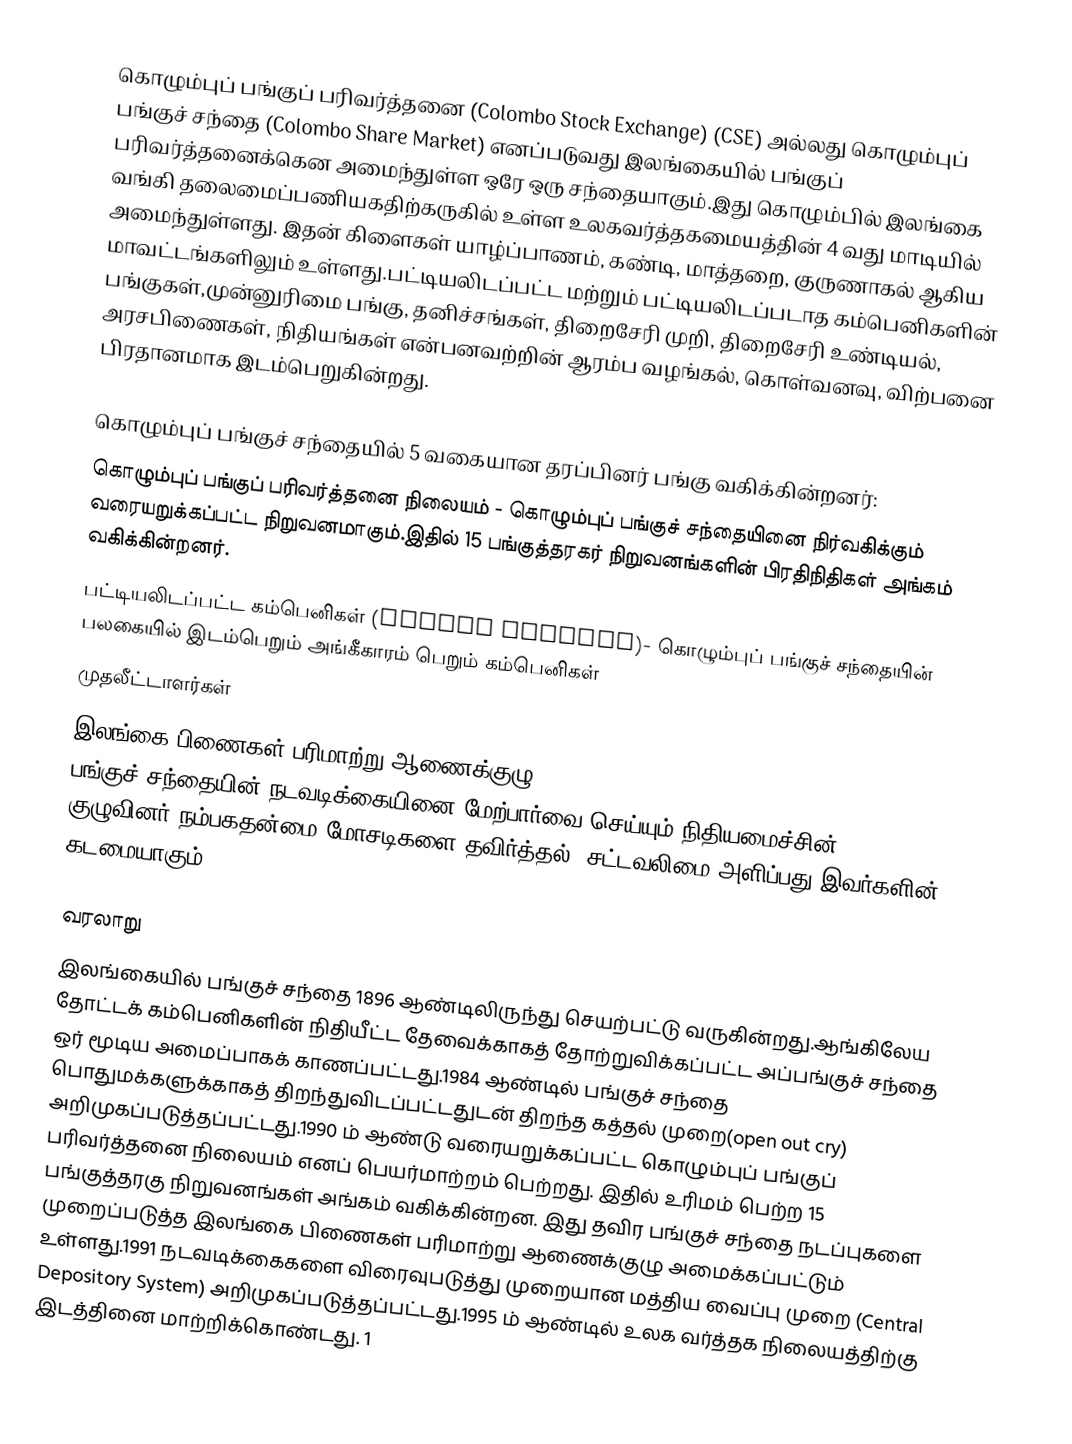
கொழும்புப் பங்குப் பரிவர்த்தனை (Colombo Stock Exchange) (CSE) அல்லது கொழும்புப் பங்குச் சந்தை (Colombo Share Market) எனப்படுவது இலங்கையில் பங்குப் பரிவர்த்தனைக்கென அமைந்துள்ள ஒரே ஒரு சந்தையாகும்.இது கொழும்பில் இலங்கை வங்கி தலைமைப்பணியகதிற்கருகில் உள்ள உலகவர்த்தகமையத்தின் 4 வது மாடியில் அமைந்துள்ளது. இதன் கிளைகள் யாழ்ப்பாணம், கண்டி, மாத்தறை, குருணாகல் ஆகிய மாவட்டங்களிலும் உள்ளது.பட்டியலிடப்பட்ட மற்றும் பட்டியலிடப்படாத கம்பெனிகளின் பங்குகள்,முன்னுரிமை பங்கு, தனிச்சங்கள், திறைசேரி முறி, திறைசேரி உண்டியல், அரசபிணைகள், நிதியங்கள் என்பனவற்றின் ஆரம்ப வழங்கல், கொள்வனவு, விற்பனை பிரதானமாக இடம்பெறுகின்றது.

கொழும்புப் பங்குச் சந்தையில் 5 வகையான தரப்பினர் பங்கு வகிக்கின்றனர்:
 கொழும்புப் பங்குப் பரிவர்த்தனை நிலையம் - கொழும்புப் பங்குச் சந்தையினை நிர்வகிக்கும் வரையறுக்கப்பட்ட நிறுவனமாகும்.இதில் 15 பங்குத்தரகர் நிறுவனங்களின் பிரதிநிதிகள் அங்கம் வகிக்கின்றனர்.
 பட்டியலிடப்பட்ட கம்பெனிகள் (Listed Company)- கொழும்புப் பங்குச் சந்தையின் பலகையில் இடம்பெறும் அங்கீகாரம் பெறும் கம்பெனிகள்
 முதலீட்டாளர்கள்
 இலங்கை பிணைகள் பரிமாற்று ஆணைக்குழு (Securities and Exchange Commision of Sri Lanka)- பங்குச் சந்தையின் நடவடிக்கையினை மேற்பார்வை செய்யும் நிதியமைச்சின் குழுவினர்.நம்பகதன்மை,மோசடிகளை தவிர்த்தல், சட்டவலிமை அளிப்பது இவர்களின் கடமையாகும்.

வரலாறு
இலங்கையில் பங்குச் சந்தை  1896 ஆண்டிலிருந்து  செயற்பட்டு வருகின்றது.ஆங்கிலேய தோட்டக் கம்பெனிகளின் நிதியீட்ட தேவைக்காகத் தோற்றுவிக்கப்பட்ட அப்பங்குச் சந்தை ஒர் மூடிய அமைப்பாகக் காணப்பட்டது.1984 ஆண்டில் பங்குச் சந்தை பொதுமக்களுக்காகத் திறந்துவிடப்பட்டதுடன் திறந்த கத்தல் முறை(open out cry) அறிமுகப்படுத்தப்பட்டது.1990 ம் ஆண்டு வரையறுக்கப்பட்ட கொழும்புப் பங்குப் பரிவர்த்தனை நிலையம் எனப் பெயர்மாற்றம் பெற்றது. இதில் உரிமம் பெற்ற 15 பங்குத்தரகு நிறுவனங்கள் அங்கம் வகிக்கின்றன. இது தவிர பங்குச் சந்தை நடப்புகளை முறைப்படுத்த இலங்கை பிணைகள் பரிமாற்று ஆணைக்குழு அமைக்கப்பட்டும் உள்ளது.1991 நடவடிக்கைகளை விரைவுபடுத்து முறையான மத்திய வைப்பு முறை (Central Depository System) அறிமுகப்படுத்தப்பட்டது.1995 ம் ஆண்டில் உலக வர்த்தக நிலையத்திற்கு இடத்தினை மாற்றிக்கொண்டது. 1